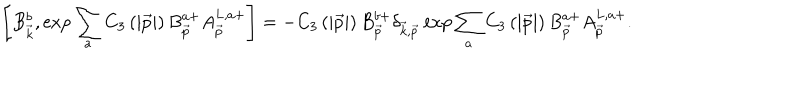
\left[ B _ { \vec { k } } ^ { b } , \exp \sum _ { a } C _ { 3 } \left( \left| \vec { p } \right| \right) B _ { \vec { p } } ^ { a + } A _ { \vec { p } } ^ { L , a + } \right] = - C _ { 3 } \left( \left| \vec { p } \right| \right) B _ { \vec { p } } ^ { b + } \delta _ { \vec { k } , \vec { p } } \exp \sum _ { a } C _ { 3 } \left( \left| \vec { p } \right| \right) B _ { \vec { p } } ^ { a + } A _ { \vec { p } } ^ { L , a + } .